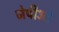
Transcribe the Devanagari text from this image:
जेपीओ